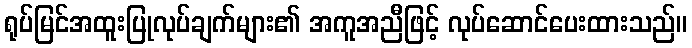
ရုပ်မြင်အထူးပြုလုပ်ချက်များ၏ အကူအညီဖြင့် လုပ်ဆောင်ပေးထားသည်။